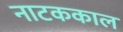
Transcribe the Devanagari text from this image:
नाटककाल